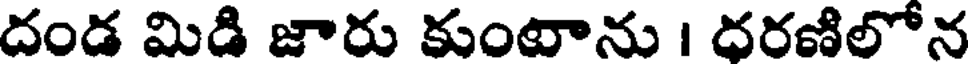
దండ మిడి జారు కుంటాను । దరణిలోన